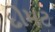
દોમટ